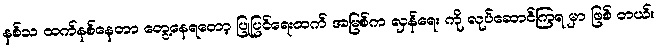
နစ်သ ထက်နစ်နေတာ တွေ့နေရတော့ ပြုပြင်ရေးထက် အမြစ်က လှန်ရေး ကို လုပ်ဆောင်ကြရ မှာ ဖြစ် တယ်။